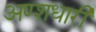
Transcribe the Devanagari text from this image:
अण्शधारी